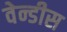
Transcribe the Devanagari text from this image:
वेन्डीस